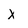
Character: X